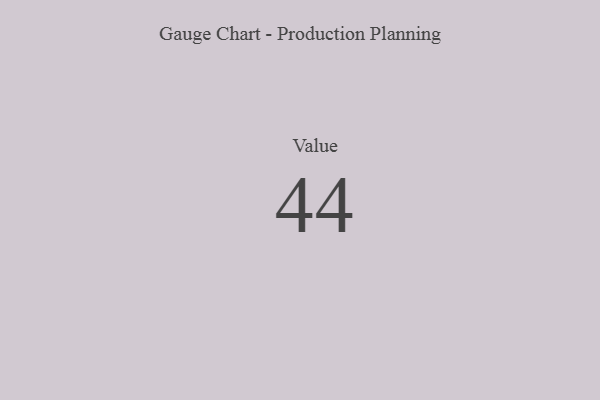
{"axis": {"x": "Metric", "y": "Value"}, "legend": [""], "data": [{"x": "Value", "y": 44, "type": ""}]}